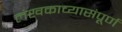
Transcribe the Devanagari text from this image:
लेखकाच्यासंपूर्ण